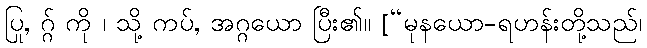
ပြု, ဂ္ဂ် ကို ၊ သို့ ကပ်, အဂ္ဂယော ပြီး၏။ [“မုနယော-ရဟန်းတို့သည်၊